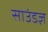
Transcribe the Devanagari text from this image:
साउंडज़